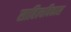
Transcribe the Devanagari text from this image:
साहित्यविकास